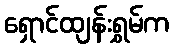
ရှောင်ထျန်းရွှမ်က